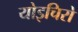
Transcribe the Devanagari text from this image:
योइचिरो